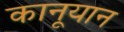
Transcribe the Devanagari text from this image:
कानूयान